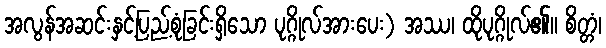
အလွန်အဆင်းနှင့်ပြည့်စုံခြင်းရှိသော ပုဂ္ဂိုလ်အားပေး) အဿ၊ ထိုပုဂ္ဂိုလ်၏။ စိတ္တံ၊